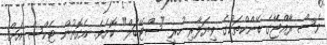
ވެސް ރާއްޖޭގެ ބޭންކްތަކުގެ ވިޔަފާރި ހުރީ "ސްޓޭބަލް" ކޮށެވެ. އެގޮތުން ޓެކްސް އަށް